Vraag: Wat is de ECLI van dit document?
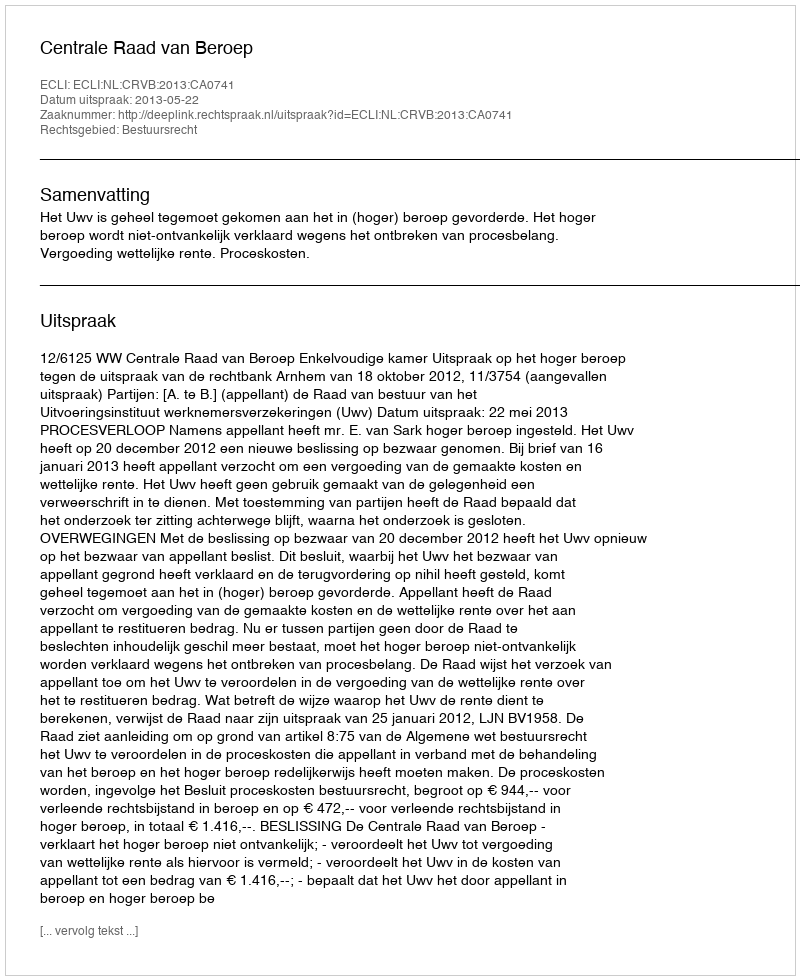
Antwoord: ECLI:NL:CRVB:2013:CA0741